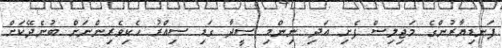
ފަނޑިޔާރުންގެ މަޖިލިސް ފެށި އަދި ނިންމި ސީދާ ގަޑި ސިއްރު ހެކިވެރިންނަށް ބުނެދޭކަށް